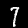
Digit: 7